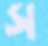
স